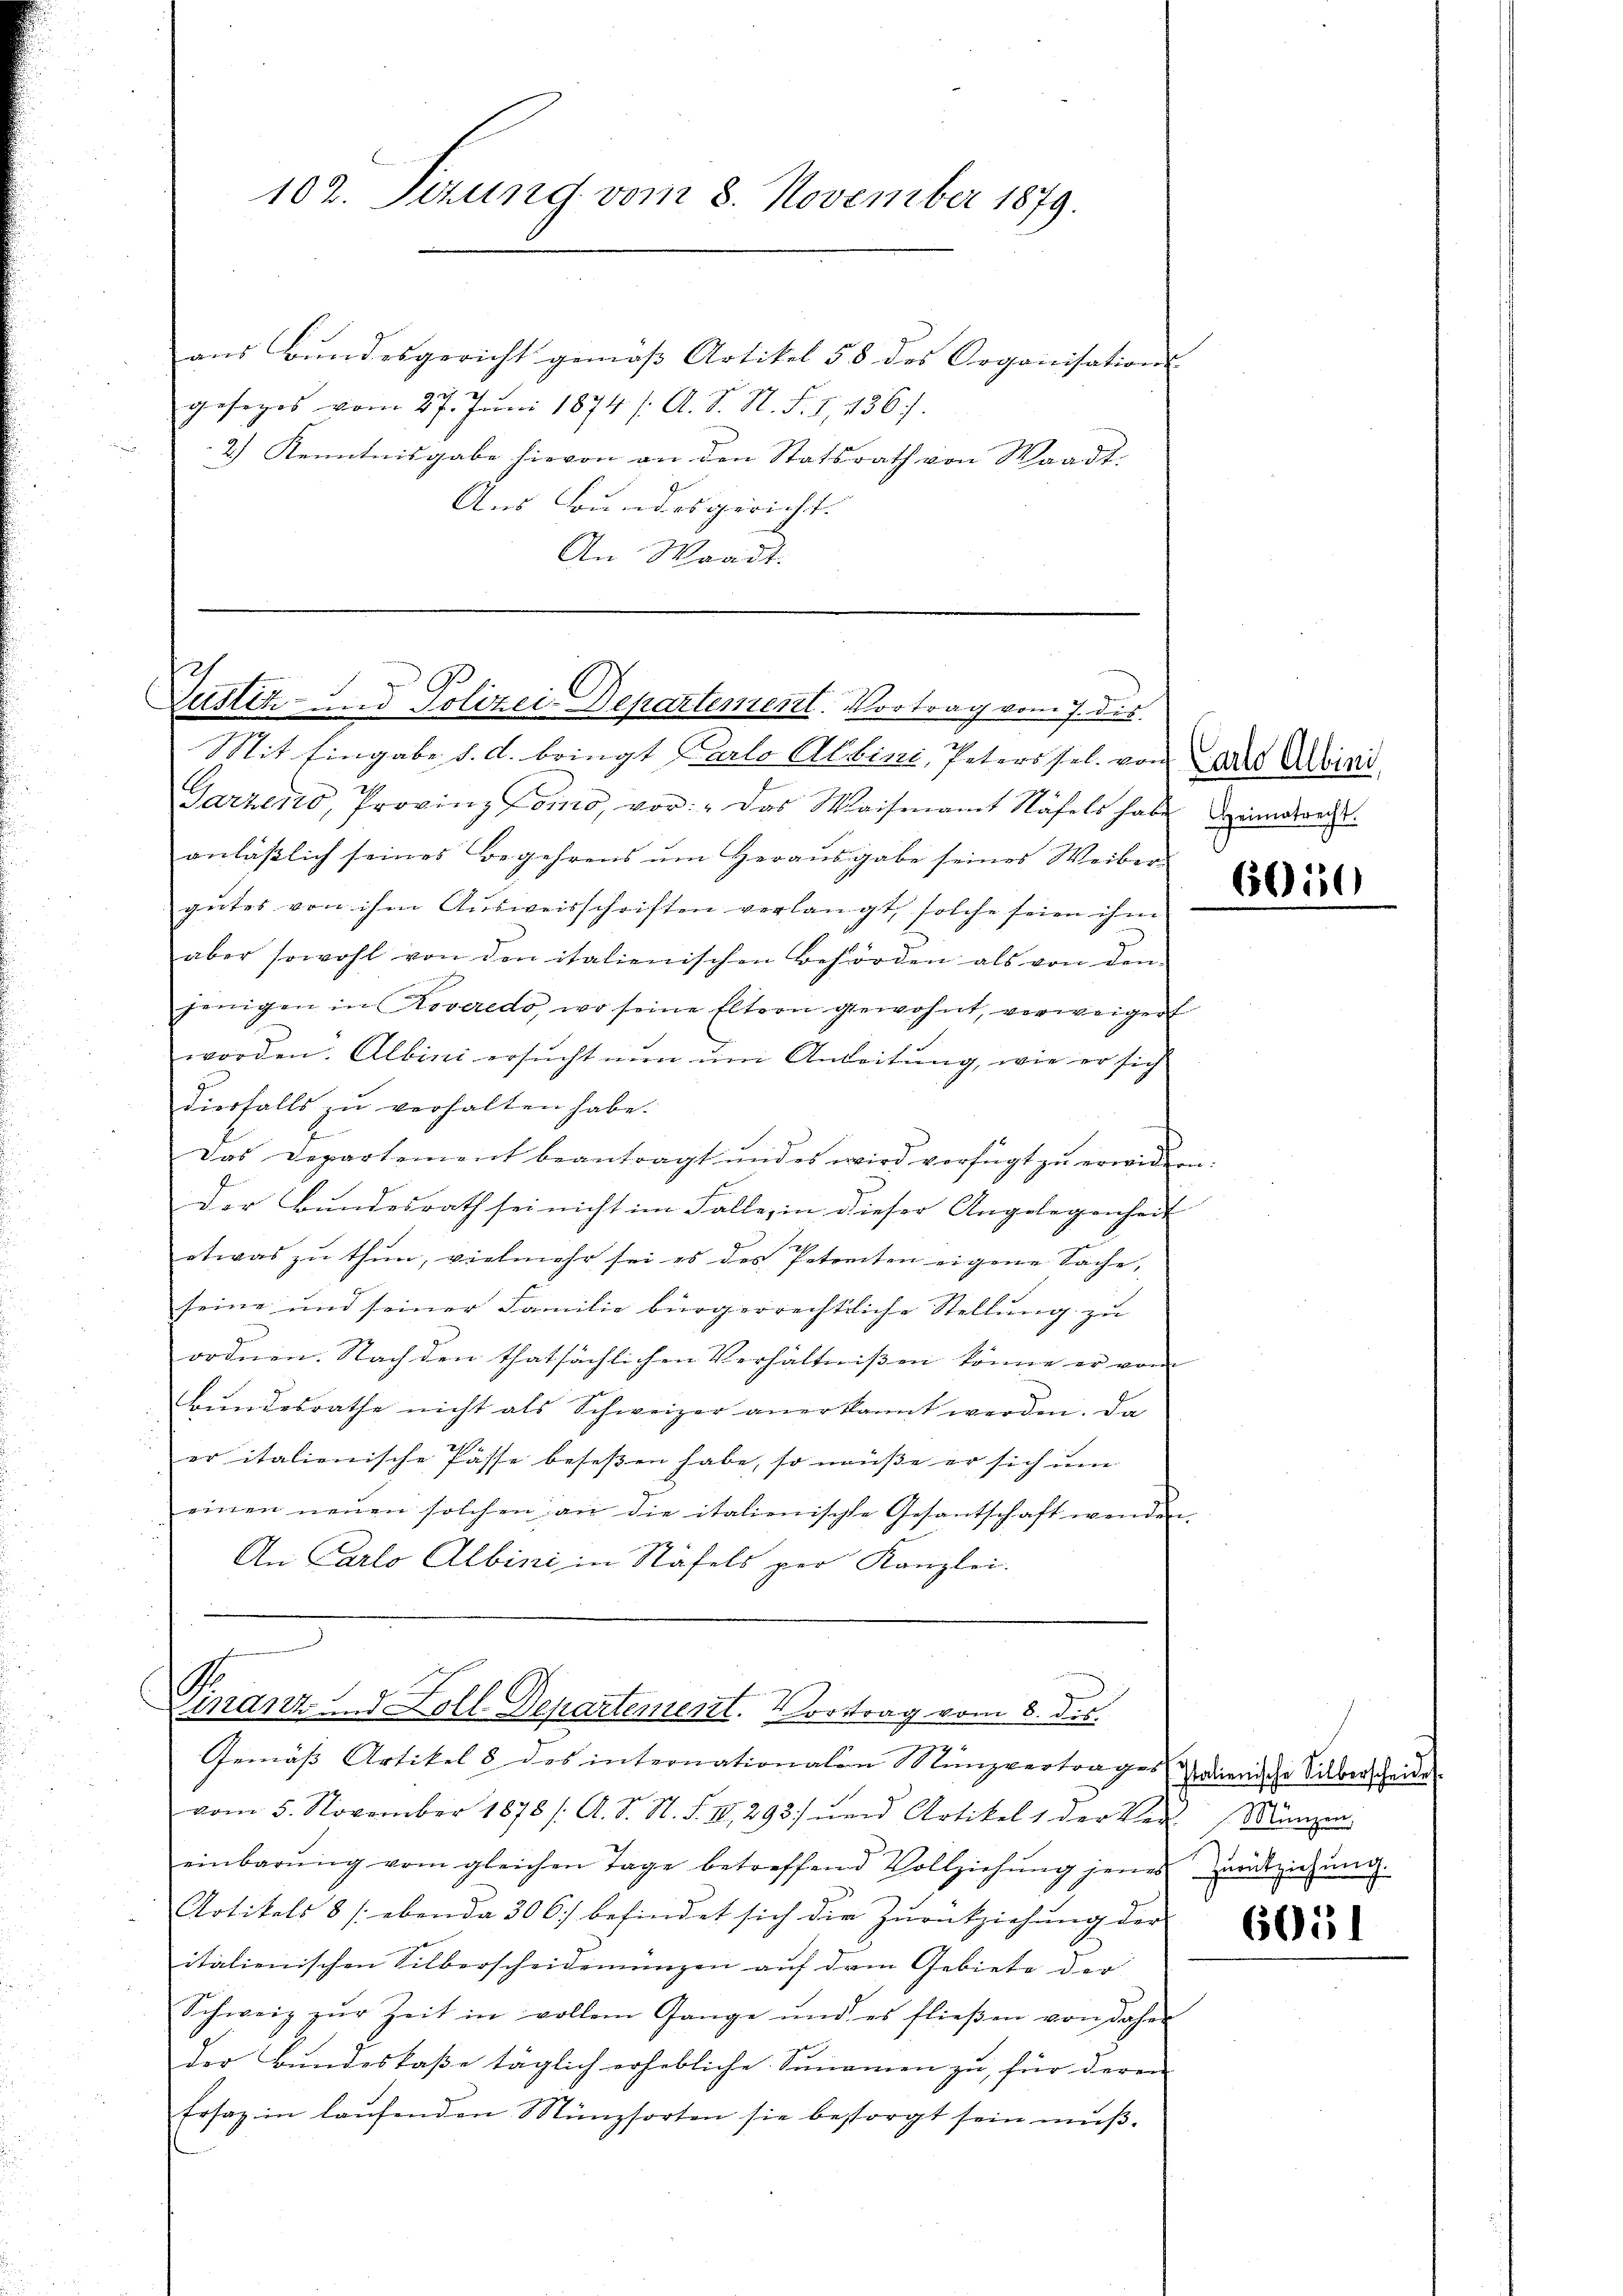
102. Sizung vom 8. November 1879.

ans Bŭndesgericht gemäβ Artikel 58 des Organisations-
gesezes vom 27. Juni 1874 /: A. S. N. F. S. 436).
2.) Kenntnisgabe hievon an den Statsrath von Waadt.
Aus Bundesgericht.
An Waadt.

Justiz- und Polizei Departement. Vortrag vom 7. ds.

Mit Eingabe d. d. bringt Carlo Albini, Peters sel. von als Albins
Garzeno, Provinz Como, vor: "Das Waisenamt Näfels habe dreimatrecht.
anläβlich seines Begehrens ŭm Heraŭsgabe seines Weiber
gutes von ihm Ausweisschriften verlangt, solche seien ihm
aber sowohl von den italienischen Behörden als von den
jenigen in Roveredo, wo seine Eltern gewohnt, verweigen
worden. Albini ersŭcht nŭn ŭm Anleitung, wie er sich
dierfalls zŭ verhalten habe.
Das Departement beantragt und es wird verfügt zu erwidern:
der Bundesrath sei nicht im Falle, in dieser Angelegenheit
etwas zu thun, vielmehr sei es des Petenten eigene Sache,
seine und seiner Familie bürgerrechtliche Stellung zu
ordnen. Nach den thatsächlichen Verhältnißen könne er vom
bŭndesrathe nicht als Schweizer anerkannt werden. Da
er italienische Pässe beseßen habe, so müße er sich um
einen neuen solchen an die italienische Gesantschaft wenden.
An Carlo Albini in Stäfels per Kanzlei.

S
inant und Loll-Departement. Vortrag vom 8. dis
Gemäß Artikel 8 des internationalen Münzvertrages wierische Silberscheide

vom 5. November 1878 / A. S. N. S. III 293 und Artikel 1 der Vor Münzen
einbarŭng vom gleichen Tage betreffend Vollziehŭng jenes zurückziehŭng.
Artikels 8 / ebenda 306) befindet sich die Zŭrückziehŭng der
italienischen Silberscheidemünzen auf dem Gebiete der
Schweiz zŭr Zeit in vollem Gange und es flieβen von daher
der Bundeskaße täglich erhebliche Sunamen zu, für deren
tosaz in laŭfenden Münzsorten sie besorgt sein mŭβ-

6050

605